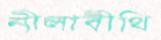
নীলাবীথি